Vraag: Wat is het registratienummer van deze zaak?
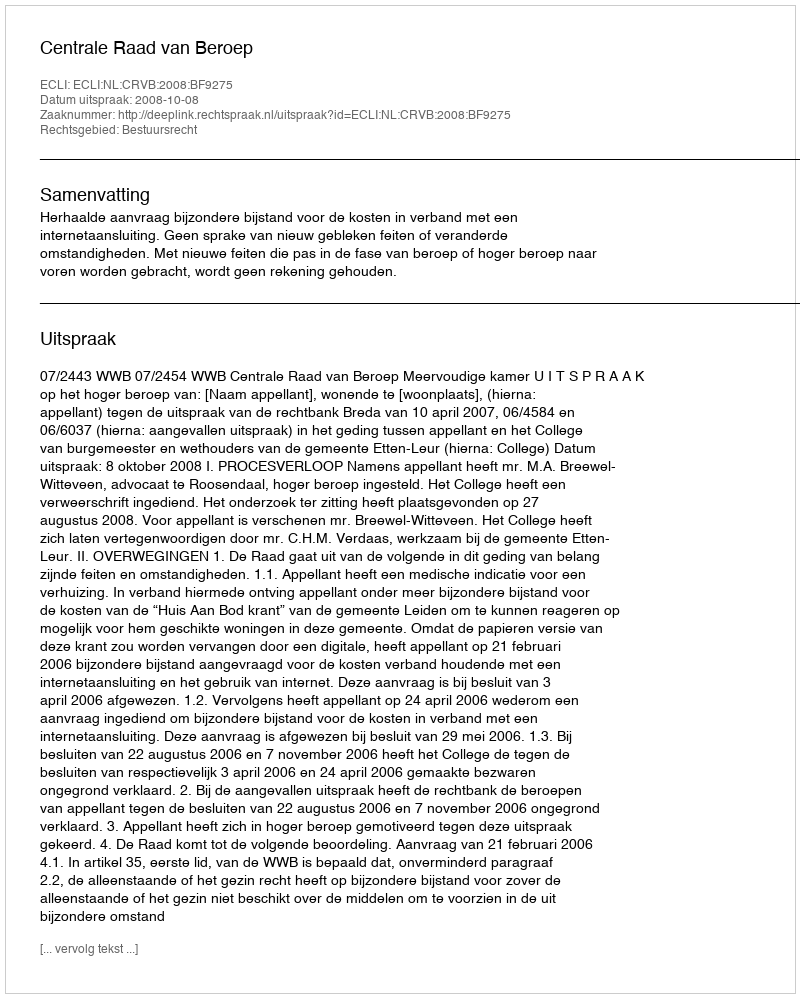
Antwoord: http://deeplink.rechtspraak.nl/uitspraak?id=ECLI:NL:CRVB:2008:BF9275